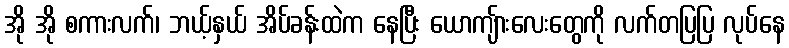
အို အို စကားလက်၊ ဘယ့်နှယ် အိပ်ခန်းထဲက နေပြီး ယောကျ်ားလေးတွေကို လက်တပြပြ လုပ်နေ